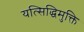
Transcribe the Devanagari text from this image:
यत्सिद्धिमुक्ति